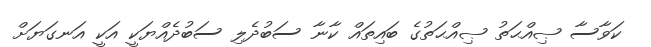
ކަވާސާ ޞިއްޙަތު ޞިއްޙަތުގެ ބައިތައް ކާނާ ސަބުދެލި ސަބުދެއްޔަކީ އަކީ އަނގަޔަށް